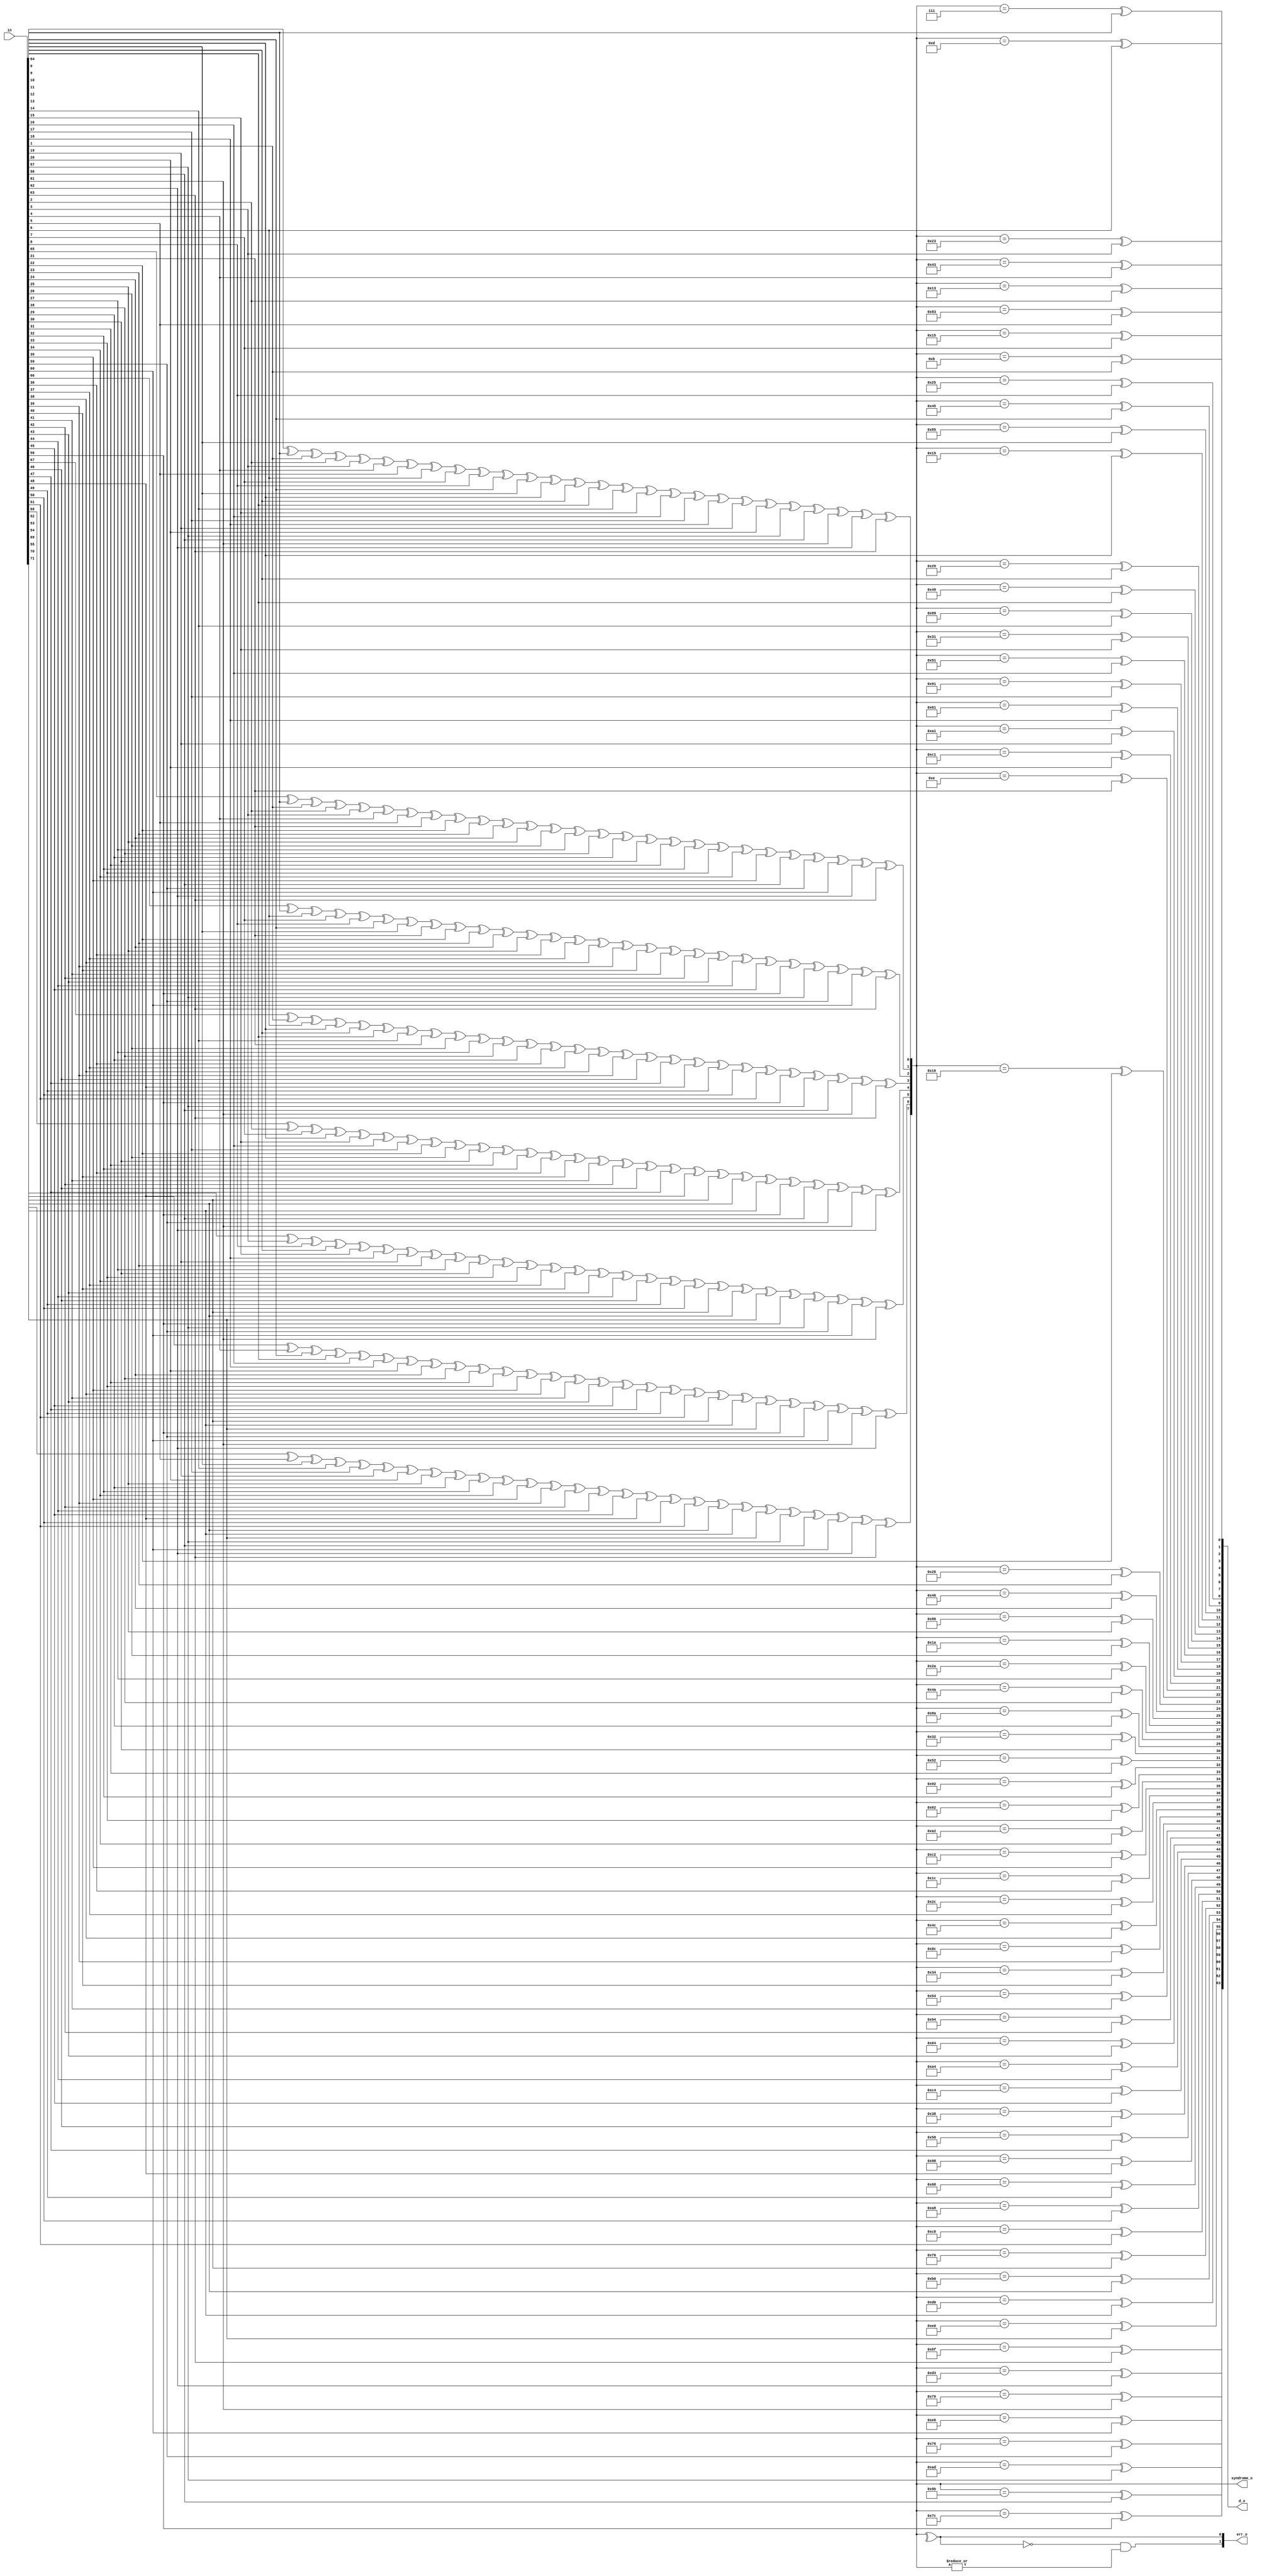
// This program was cloned from: https://github.com/NYU-MLDA/OpenABC
// License: BSD 3-Clause "New" or "Revised" License

module prim_secded_72_64_dec (
	in,
	d_o,
	syndrome_o,
	err_o
);
	input [71:0] in;
	output wire [63:0] d_o;
	output wire [7:0] syndrome_o;
	output wire [1:0] err_o;
	wire single_error;
	assign syndrome_o[0] = (((((((((((((((((((((((((in[64] ^ in[0]) ^ in[1]) ^ in[2]) ^ in[3]) ^ in[4]) ^ in[5]) ^ in[6]) ^ in[7]) ^ in[8]) ^ in[9]) ^ in[10]) ^ in[11]) ^ in[12]) ^ in[13]) ^ in[14]) ^ in[15]) ^ in[16]) ^ in[17]) ^ in[18]) ^ in[19]) ^ in[20]) ^ in[57]) ^ in[58]) ^ in[61]) ^ in[62]) ^ in[63];
	assign syndrome_o[1] = (((((((((((((((((((((((((in[65] ^ in[0]) ^ in[1]) ^ in[2]) ^ in[3]) ^ in[4]) ^ in[5]) ^ in[21]) ^ in[22]) ^ in[23]) ^ in[24]) ^ in[25]) ^ in[26]) ^ in[27]) ^ in[28]) ^ in[29]) ^ in[30]) ^ in[31]) ^ in[32]) ^ in[33]) ^ in[34]) ^ in[35]) ^ in[58]) ^ in[59]) ^ in[60]) ^ in[62]) ^ in[63];
	assign syndrome_o[2] = (((((((((((((((((((((((((in[66] ^ in[0]) ^ in[6]) ^ in[7]) ^ in[8]) ^ in[9]) ^ in[10]) ^ in[21]) ^ in[22]) ^ in[23]) ^ in[24]) ^ in[25]) ^ in[36]) ^ in[37]) ^ in[38]) ^ in[39]) ^ in[40]) ^ in[41]) ^ in[42]) ^ in[43]) ^ in[44]) ^ in[45]) ^ in[56]) ^ in[57]) ^ in[59]) ^ in[60]) ^ in[63];
	assign syndrome_o[3] = (((((((((((((((((((((((((in[67] ^ in[1]) ^ in[6]) ^ in[11]) ^ in[12]) ^ in[13]) ^ in[14]) ^ in[21]) ^ in[26]) ^ in[27]) ^ in[28]) ^ in[29]) ^ in[36]) ^ in[37]) ^ in[38]) ^ in[39]) ^ in[46]) ^ in[47]) ^ in[48]) ^ in[49]) ^ in[50]) ^ in[51]) ^ in[56]) ^ in[57]) ^ in[58]) ^ in[61]) ^ in[63];
	assign syndrome_o[4] = (((((((((((((((((((((((((in[68] ^ in[2]) ^ in[7]) ^ in[11]) ^ in[15]) ^ in[16]) ^ in[17]) ^ in[22]) ^ in[26]) ^ in[30]) ^ in[31]) ^ in[32]) ^ in[36]) ^ in[40]) ^ in[41]) ^ in[42]) ^ in[46]) ^ in[47]) ^ in[48]) ^ in[52]) ^ in[53]) ^ in[54]) ^ in[56]) ^ in[58]) ^ in[59]) ^ in[61]) ^ in[62];
	assign syndrome_o[5] = (((((((((((((((((((((((((in[69] ^ in[3]) ^ in[8]) ^ in[12]) ^ in[15]) ^ in[18]) ^ in[19]) ^ in[23]) ^ in[27]) ^ in[30]) ^ in[33]) ^ in[34]) ^ in[37]) ^ in[40]) ^ in[43]) ^ in[44]) ^ in[46]) ^ in[49]) ^ in[50]) ^ in[52]) ^ in[53]) ^ in[55]) ^ in[56]) ^ in[57]) ^ in[59]) ^ in[60]) ^ in[61];
	assign syndrome_o[6] = (((((((((((((((((((((((((in[70] ^ in[4]) ^ in[9]) ^ in[13]) ^ in[16]) ^ in[18]) ^ in[20]) ^ in[24]) ^ in[28]) ^ in[31]) ^ in[33]) ^ in[35]) ^ in[38]) ^ in[41]) ^ in[43]) ^ in[45]) ^ in[47]) ^ in[49]) ^ in[51]) ^ in[52]) ^ in[54]) ^ in[55]) ^ in[56]) ^ in[59]) ^ in[60]) ^ in[61]) ^ in[62];
	assign syndrome_o[7] = (((((((((((((((((((((((((in[71] ^ in[5]) ^ in[10]) ^ in[14]) ^ in[17]) ^ in[19]) ^ in[20]) ^ in[25]) ^ in[29]) ^ in[32]) ^ in[34]) ^ in[35]) ^ in[39]) ^ in[42]) ^ in[44]) ^ in[45]) ^ in[48]) ^ in[50]) ^ in[51]) ^ in[53]) ^ in[54]) ^ in[55]) ^ in[57]) ^ in[58]) ^ in[60]) ^ in[62]) ^ in[63];
	assign d_o[0] = (syndrome_o == 8'h07) ^ in[0];
	assign d_o[1] = (syndrome_o == 8'h0b) ^ in[1];
	assign d_o[2] = (syndrome_o == 8'h13) ^ in[2];
	assign d_o[3] = (syndrome_o == 8'h23) ^ in[3];
	assign d_o[4] = (syndrome_o == 8'h43) ^ in[4];
	assign d_o[5] = (syndrome_o == 8'h83) ^ in[5];
	assign d_o[6] = (syndrome_o == 8'h0d) ^ in[6];
	assign d_o[7] = (syndrome_o == 8'h15) ^ in[7];
	assign d_o[8] = (syndrome_o == 8'h25) ^ in[8];
	assign d_o[9] = (syndrome_o == 8'h45) ^ in[9];
	assign d_o[10] = (syndrome_o == 8'h85) ^ in[10];
	assign d_o[11] = (syndrome_o == 8'h19) ^ in[11];
	assign d_o[12] = (syndrome_o == 8'h29) ^ in[12];
	assign d_o[13] = (syndrome_o == 8'h49) ^ in[13];
	assign d_o[14] = (syndrome_o == 8'h89) ^ in[14];
	assign d_o[15] = (syndrome_o == 8'h31) ^ in[15];
	assign d_o[16] = (syndrome_o == 8'h51) ^ in[16];
	assign d_o[17] = (syndrome_o == 8'h91) ^ in[17];
	assign d_o[18] = (syndrome_o == 8'h61) ^ in[18];
	assign d_o[19] = (syndrome_o == 8'ha1) ^ in[19];
	assign d_o[20] = (syndrome_o == 8'hc1) ^ in[20];
	assign d_o[21] = (syndrome_o == 8'h0e) ^ in[21];
	assign d_o[22] = (syndrome_o == 8'h16) ^ in[22];
	assign d_o[23] = (syndrome_o == 8'h26) ^ in[23];
	assign d_o[24] = (syndrome_o == 8'h46) ^ in[24];
	assign d_o[25] = (syndrome_o == 8'h86) ^ in[25];
	assign d_o[26] = (syndrome_o == 8'h1a) ^ in[26];
	assign d_o[27] = (syndrome_o == 8'h2a) ^ in[27];
	assign d_o[28] = (syndrome_o == 8'h4a) ^ in[28];
	assign d_o[29] = (syndrome_o == 8'h8a) ^ in[29];
	assign d_o[30] = (syndrome_o == 8'h32) ^ in[30];
	assign d_o[31] = (syndrome_o == 8'h52) ^ in[31];
	assign d_o[32] = (syndrome_o == 8'h92) ^ in[32];
	assign d_o[33] = (syndrome_o == 8'h62) ^ in[33];
	assign d_o[34] = (syndrome_o == 8'ha2) ^ in[34];
	assign d_o[35] = (syndrome_o == 8'hc2) ^ in[35];
	assign d_o[36] = (syndrome_o == 8'h1c) ^ in[36];
	assign d_o[37] = (syndrome_o == 8'h2c) ^ in[37];
	assign d_o[38] = (syndrome_o == 8'h4c) ^ in[38];
	assign d_o[39] = (syndrome_o == 8'h8c) ^ in[39];
	assign d_o[40] = (syndrome_o == 8'h34) ^ in[40];
	assign d_o[41] = (syndrome_o == 8'h54) ^ in[41];
	assign d_o[42] = (syndrome_o == 8'h94) ^ in[42];
	assign d_o[43] = (syndrome_o == 8'h64) ^ in[43];
	assign d_o[44] = (syndrome_o == 8'ha4) ^ in[44];
	assign d_o[45] = (syndrome_o == 8'hc4) ^ in[45];
	assign d_o[46] = (syndrome_o == 8'h38) ^ in[46];
	assign d_o[47] = (syndrome_o == 8'h58) ^ in[47];
	assign d_o[48] = (syndrome_o == 8'h98) ^ in[48];
	assign d_o[49] = (syndrome_o == 8'h68) ^ in[49];
	assign d_o[50] = (syndrome_o == 8'ha8) ^ in[50];
	assign d_o[51] = (syndrome_o == 8'hc8) ^ in[51];
	assign d_o[52] = (syndrome_o == 8'h70) ^ in[52];
	assign d_o[53] = (syndrome_o == 8'hb0) ^ in[53];
	assign d_o[54] = (syndrome_o == 8'hd0) ^ in[54];
	assign d_o[55] = (syndrome_o == 8'he0) ^ in[55];
	assign d_o[56] = (syndrome_o == 8'h7c) ^ in[56];
	assign d_o[57] = (syndrome_o == 8'had) ^ in[57];
	assign d_o[58] = (syndrome_o == 8'h9b) ^ in[58];
	assign d_o[59] = (syndrome_o == 8'h76) ^ in[59];
	assign d_o[60] = (syndrome_o == 8'he6) ^ in[60];
	assign d_o[61] = (syndrome_o == 8'h79) ^ in[61];
	assign d_o[62] = (syndrome_o == 8'hd3) ^ in[62];
	assign d_o[63] = (syndrome_o == 8'h8f) ^ in[63];
	assign single_error = ^syndrome_o;
	assign err_o[0] = single_error;
	assign err_o[1] = ~single_error & |syndrome_o;
endmodule